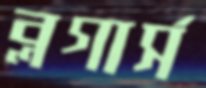
ব্লগার্স